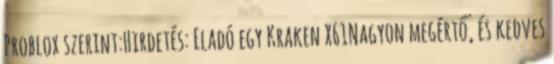
Problox szerint:Hirdetés: Eladó egy Kraken X61Nagyon megértő, és kedves